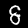
Label: 8